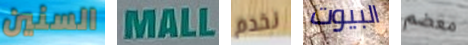
السنين MALL نخدم البيوت معضم